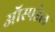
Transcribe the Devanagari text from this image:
ऑस्पडेल